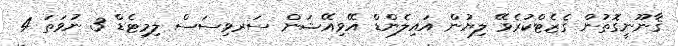
ޤާނޫނީގޮތުން ގެޒެޓްކުރެވޭ ލިޔުން އައިލެންޑް އޭވިއޭޝަން ސަރވިސަސް ލިމިޓެޑް 3 ނުވަތަ 4